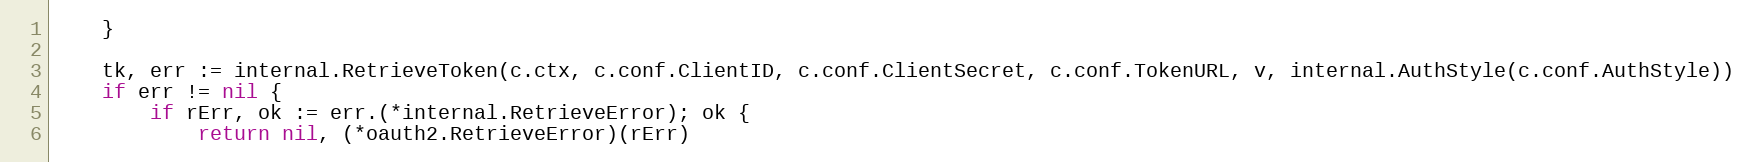
Language: Go
	}

	tk, err := internal.RetrieveToken(c.ctx, c.conf.ClientID, c.conf.ClientSecret, c.conf.TokenURL, v, internal.AuthStyle(c.conf.AuthStyle))
	if err != nil {
		if rErr, ok := err.(*internal.RetrieveError); ok {
			return nil, (*oauth2.RetrieveError)(rErr)